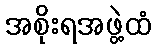
အစိုးရအဖွဲ့ထံ